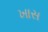
ખાસ